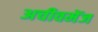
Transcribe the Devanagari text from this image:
अचीवमेंज